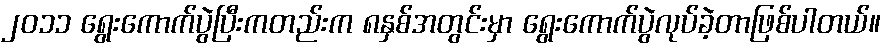
၂၀၁၁ ရွေးကောက်ပွဲပြီးကတည်းက ၈နှစ်အတွင်းမှာ ရွေးကောက်ပွဲလုပ်ခဲ့တာဖြစ်ပါတယ်။